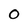
Character: O